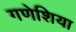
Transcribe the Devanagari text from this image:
गणेशिया